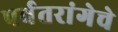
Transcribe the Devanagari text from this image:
पर्वतरांगेचे